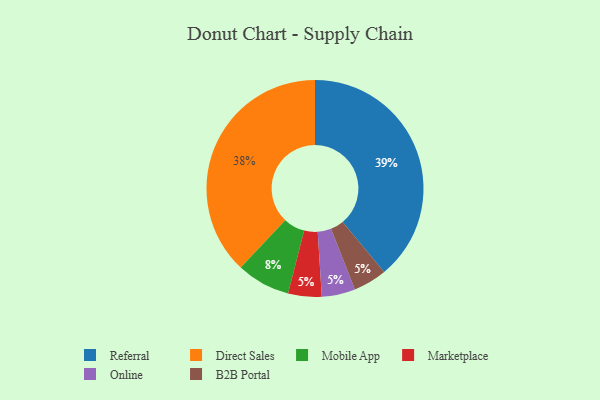
{"axis": {"x": "Category", "y": "Percentage"}, "legend": ["B2B Portal", "Direct Sales", "Marketplace", "Mobile App", "Online", "Referral"], "data": [{"x": "Referral", "y": 39, "type": "Referral"}, {"x": "Direct Sales", "y": 38, "type": "Direct Sales"}, {"x": "Marketplace", "y": 5, "type": "Marketplace"}, {"x": "Online", "y": 5, "type": "Online"}, {"x": "B2B Portal", "y": 5, "type": "B2B Portal"}, {"x": "Mobile App", "y": 8, "type": "Mobile App"}]}